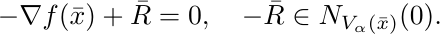
\begin{equation*}
-\nabla f(\bar{x})+\bar{R}=0, \quad -\bar{R}\in N_{V_\alpha(\bar{x})}(0).
\end{equation*}